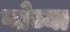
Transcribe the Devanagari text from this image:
प्लेच्या